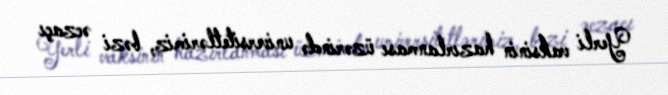
Yerli vaksinin hazırlanması üzərində universitetlərimiz, bəzi əczaçı